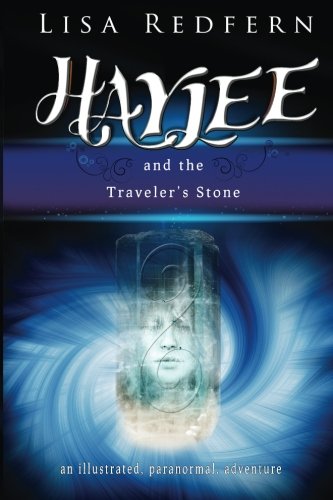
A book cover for Haylee and the Traveler's Stone: an illustrated, paranormal, adventure; Lisa M Redfern; Science Fiction & Fantasy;